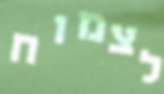
לצמוח